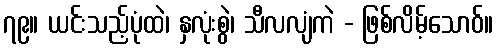
၇၉။ ယင်းသည့်ပုံထဲ၊ နှလုံးစွဲ၊ သီလလျံကဲ - ဖြစ်လိမ့်သောဝ်။